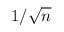
1 / \sqrt { n }